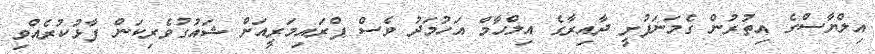
އިލްޔާސްގެ އިތުރުން ގެމަނަފުށީ ދާއިރާގެ އިލްހާމް އަހުމަދު ވެސް ޕްރައިމަރީއަށް ޝައުގުވެރިކަން ފާޅުކުރެއްވި